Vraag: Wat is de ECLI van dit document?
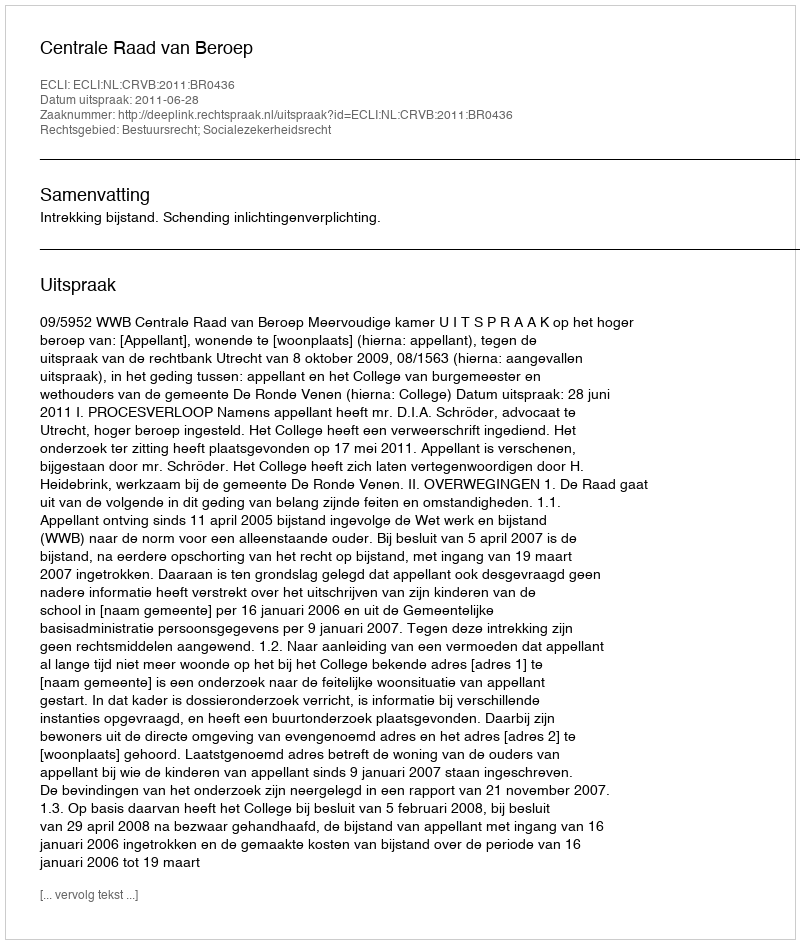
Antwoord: ECLI:NL:CRVB:2011:BR0436